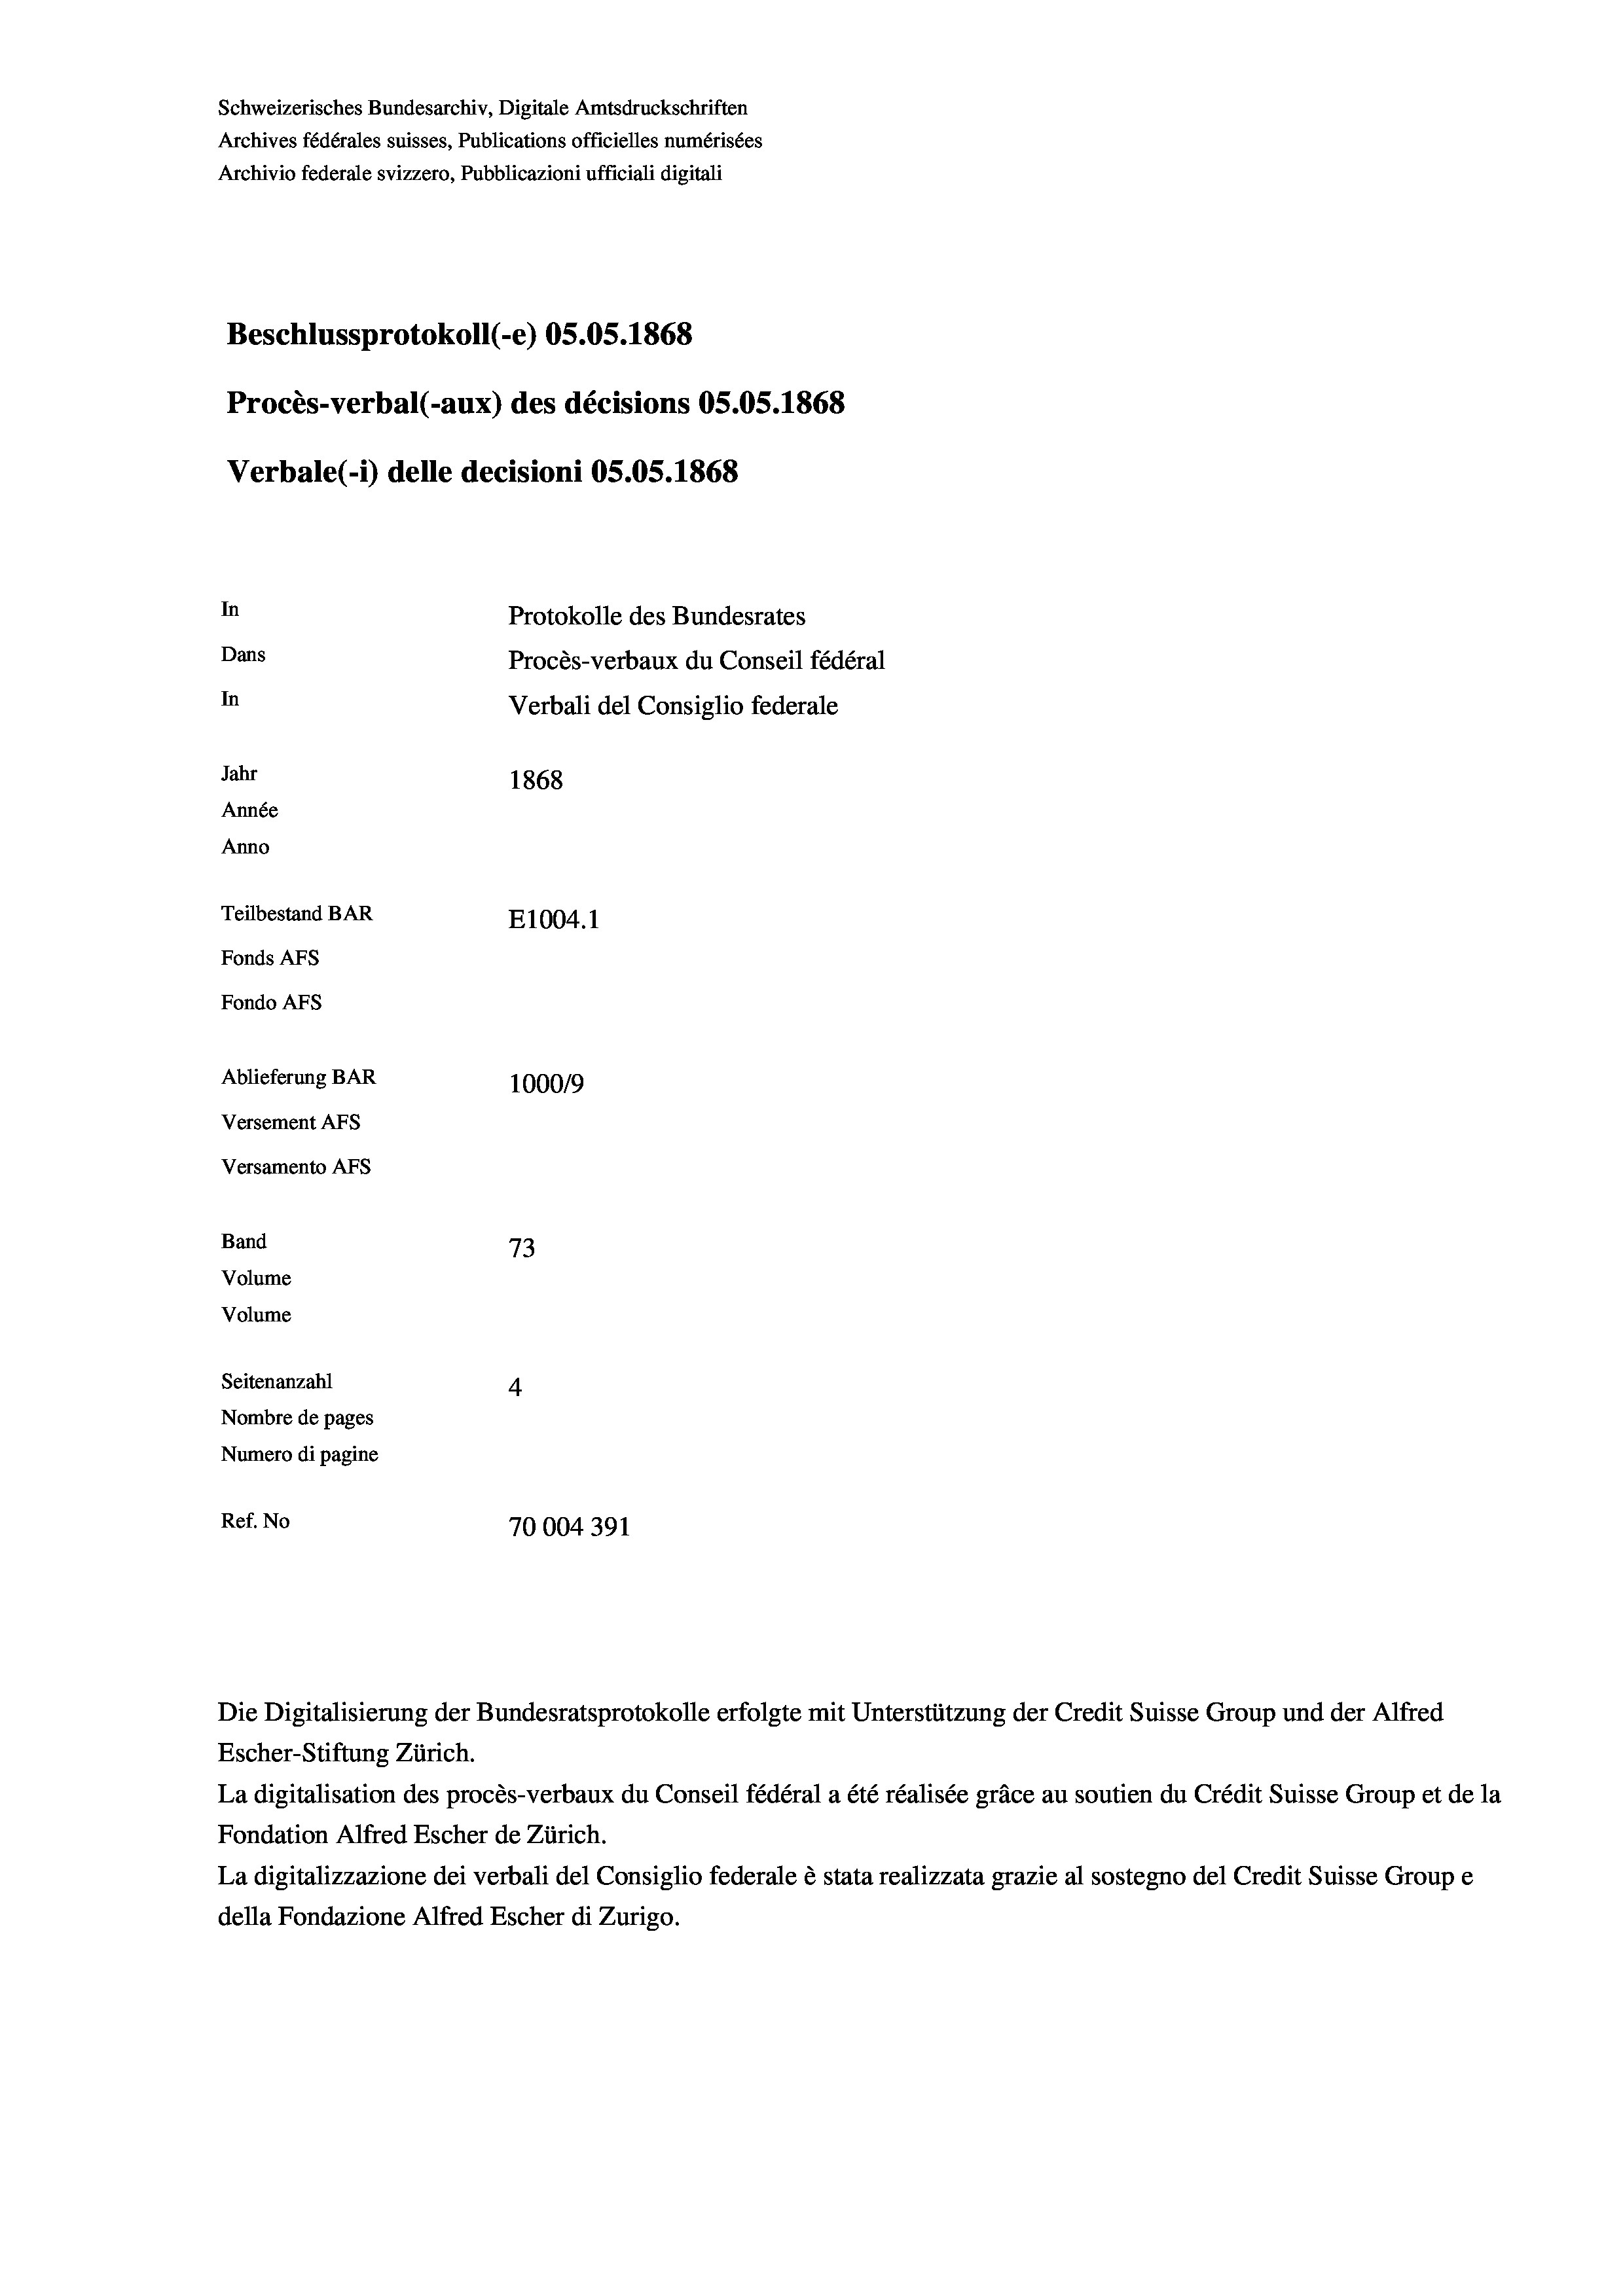
Schweizerisches Bundesarchiv, Digitale Amtsdruckschriften
Archives fédérales suisses, Publications officielles numérisées
Archivio federale svizzero, Pubblicazioni ufficiali digitali
Beschlussprotokoll (-e) 05.05. 1868
Procès-verbal (-aux) des décisions OS.OS. 1868
Verbale (1) delle decisioni OS.OS. 1868
In
Protokolle des Bundesrates
Dans
Procès-verbaux du Conseil fédéral
In
Verbali del Consiglio federale
Jahr
1868
Année
Anno
Teilbestand BAR
E1004. 1
Fonds Afs
Fondo AFs
Ablieferung BAR
1000/9
Versement AFS
Versamento Afs
Band
73
Volume
Volume

Seitenanzahl
4
Nombre de pages
Numero di pagine
Ref. No
70004391

Escher-Stiftung Zürich.
La digitalisation des procès-verbaux du Conseil fédéral a été réalisée gräce au soutien du Crédit Suisse Group et de la
Fondation Alfred Escher de Zürich.
La digitalizzazione dei verbali del Consiglio federale è stata realizzata grazie al sostegno del Credit Suisse Groupe
della Fondazione Alfred Escher di Zurigo.

Die Digitalisierung der Bundesratsprotokolle erfolgte mit Unterstützung der Credit Suisse Group und der Alfred